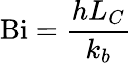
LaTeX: \mathrm{Bi}={\frac{hL_{C}}{k_{b}}}